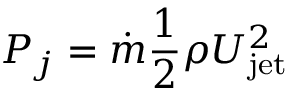
P _ { j } = \dot { m } \frac { 1 } { 2 } \rho U _ { \mathrm { j e t } } ^ { 2 }